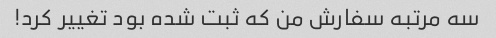
سه مرتبه سفارش من که ثبت شده بود تغییر کرد!